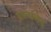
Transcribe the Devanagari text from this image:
यालालेवु